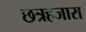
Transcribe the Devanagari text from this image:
छत्रहजारा